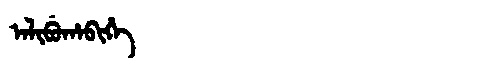
Manchu: ᠠᠯᡳᠪᡠᡥᠠᠪᡳᡥᡝ
Romanization: ALIBUHABIHE